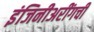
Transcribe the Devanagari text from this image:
इंजिनीअरींगची